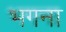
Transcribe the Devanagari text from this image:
भगना